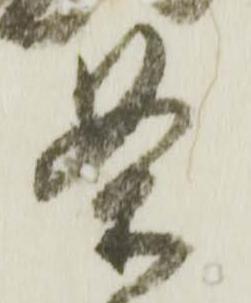
条